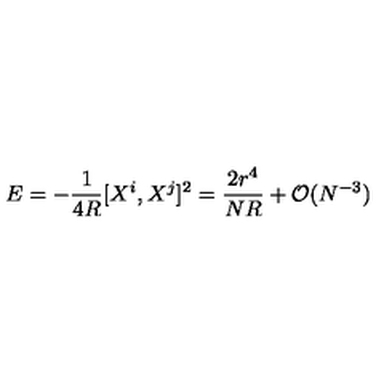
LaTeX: E = - \frac { 1 } { 4 R } [ X ^ { i } , X ^ { j } ] ^ { 2 } = \frac { 2 r ^ { 4 } } { N R } + { \cal O } ( N ^ { - 3 } )